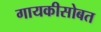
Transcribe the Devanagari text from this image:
गायकीसोबत